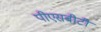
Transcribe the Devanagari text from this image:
पीएसबीटी